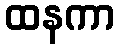
ထနကာ